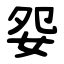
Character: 妴